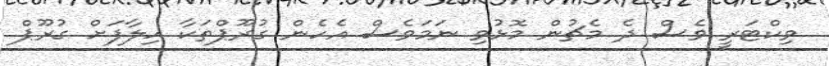
ވިކްޓަރީ ވެސް ދެ މެޗުން މޮޅުވި ނަމަވެސް އެހެން ގުރޫޕްތަކާ ހިލާފަށް ގުރޫޕް